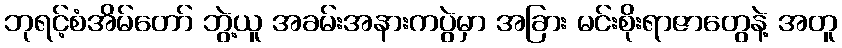
ဘုရင့်စံအိမ်တော် ဘွဲ့ယူ အခမ်းအနားကပွဲမှာ အခြား မင်းစိုးရာဇာတွေနဲ့ အတူ